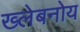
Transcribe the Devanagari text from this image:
ख्लेबनोय